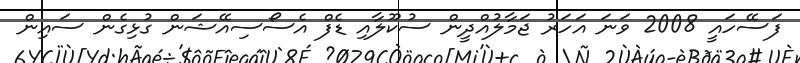
ފަސޭހައީ 2008 ވަނަ އަހަރު ޖަމާލުއްދީން ސުކޫލާއި ޑެފް އެސޯސިއޭޝަން ގުޅިގެން ސައިން